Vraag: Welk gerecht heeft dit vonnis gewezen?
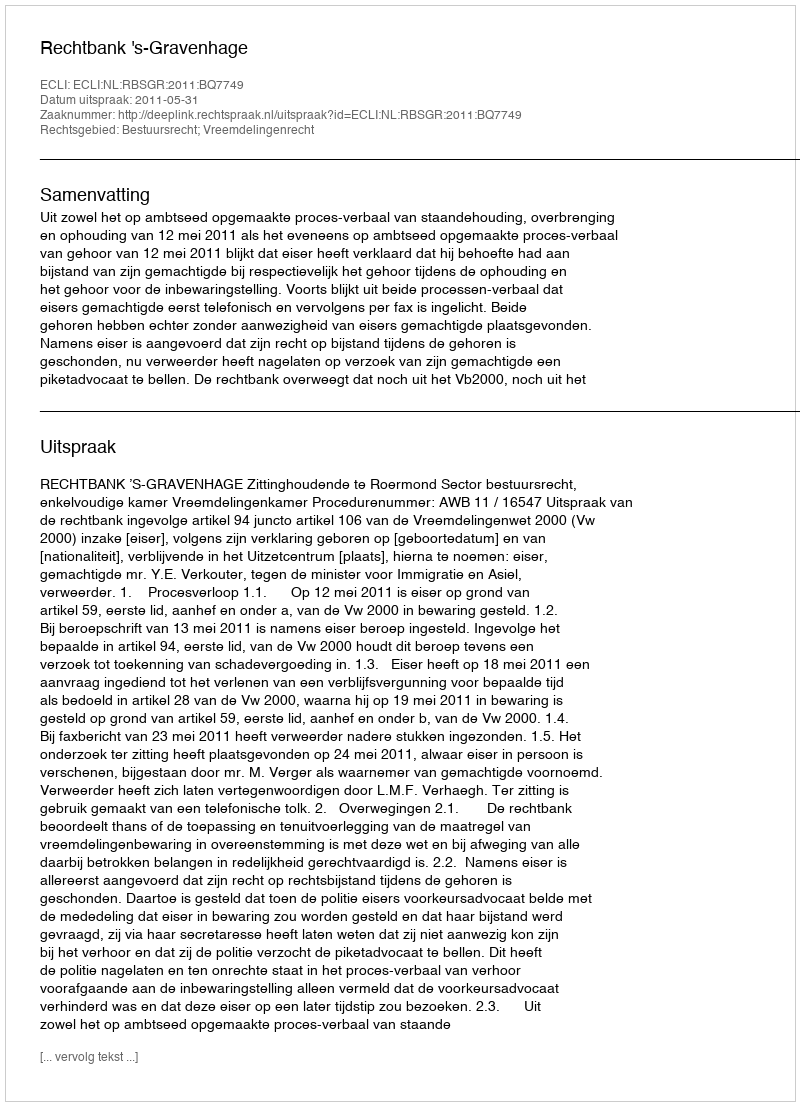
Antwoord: Rechtbank 's-Gravenhage